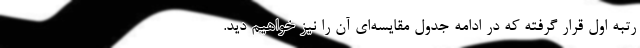
رتبه اول قرار گرفته که در ادامه جدول مقایسه‌ای آن را نیز خواهیم دید.